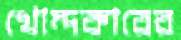
খোন্দকারের